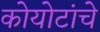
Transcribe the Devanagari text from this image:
कोयोटांचे